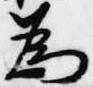
為